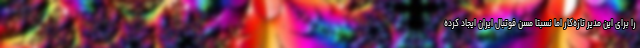
را برای این مدیر تازه‌کار اما نسبتاَ مسنِ فوتبال ایران ایجاد کرده